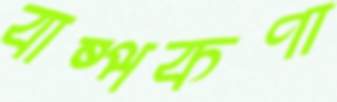
বাষ্পকণা